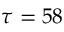
\tau = 5 8